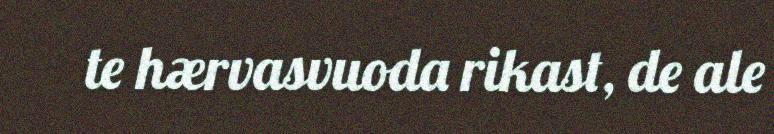
te hærvasvuoda rikast, de ale